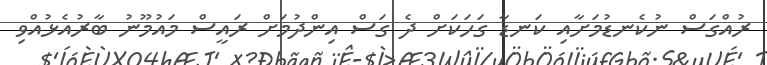
ރުއްގަސް ނުކެނޑުމަށާއި ކަނޑާ ގަހަކަށް ދެ ގަސް އިންދުމަށް ރައީސް މައުމޫނު ބާރުއެޅުއްވި